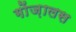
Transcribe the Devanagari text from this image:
गोंज़ालस